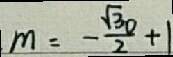
m = - \frac { \sqrt { 3 0 } } { 2 } + 1